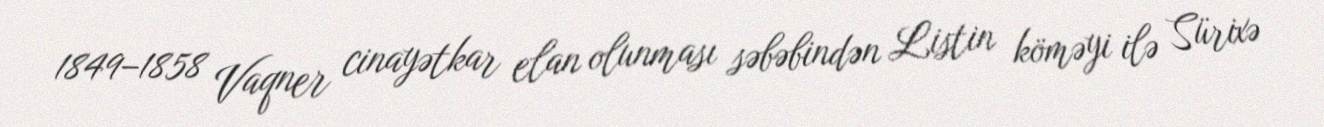
1849–1858 Vaqner cinayətkar elan olunması səbəbindən Listin köməyi ilə Sürixə